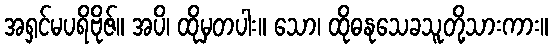
အရှင်မပရိဗိုဇ်။ အပိ၊ ထိုမှတပါး။ သော၊ ထိုဓနုသေခသူတို့သားကား။